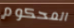
المحكوم